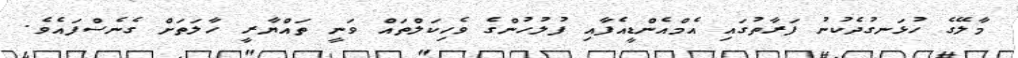
މާލޭގެ ހުޅަނގުދެކުނު ފަރާތުގައި އެމްއެންޑީއެފާއި ފުލުހުންގެ ވެހިކަލްތައް ވަނީ ތައްޔާރީ ހާލަތަށް ގެނެސްފައެވެ.